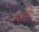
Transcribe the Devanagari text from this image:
त्यांसी